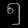
Digit: ၅